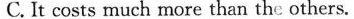
C. It costs much more than the others.